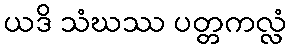
ယဒိ သံဃဿ ပတ္တကလ္လံ